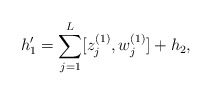
\begin{align*}h_1'=\sum_{j=1}^{L} [z_j^{(1)},w_j^{(1)}] + h_2,\end{align*}